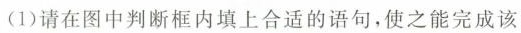
(1)请在图中判断框内填上合适的语句，使之能完成该